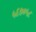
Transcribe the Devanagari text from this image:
५६७०५८